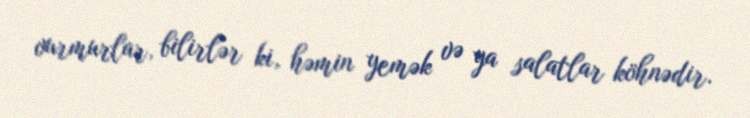
vurmurlar, bilirlər ki, həmin yemək və ya salatlar köhnədir.